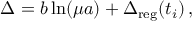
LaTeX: \Delta = b \ln ( \mu a ) + \Delta _ { \mathrm { r e g } } ( t _ { i } ) \, ,